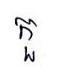
កួ